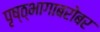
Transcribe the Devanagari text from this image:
पृष्ठ्भागाबरोबर